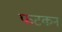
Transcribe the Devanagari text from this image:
फटकन